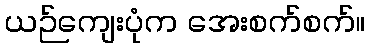
ယဉ်ကျေးပုံက အေးစက်စက်။